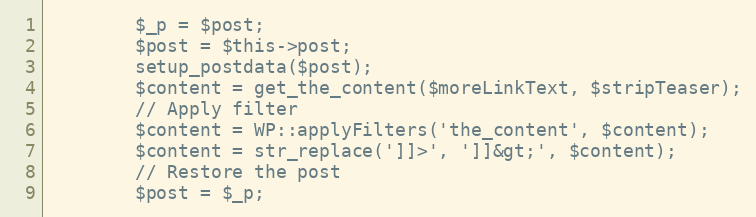
Language: PHP
        $_p = $post;
        $post = $this->post;
        setup_postdata($post);
        $content = get_the_content($moreLinkText, $stripTeaser);
        // Apply filter
        $content = WP::applyFilters('the_content', $content);
        $content = str_replace(']]>', ']]&gt;', $content);
        // Restore the post
        $post = $_p;